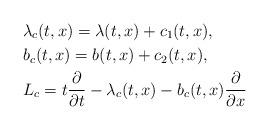
LaTeX: \begin{align*} &\lambda_c(t,x)= \lambda(t,x)+c_1(t,x), \\ &b_c(t,x)= b(t,x)+c_2(t,x), \\ &L_c= t \frac{\partial}{\partial t}-\lambda_c(t,x) -b_c(t,x)\frac{\partial}{\partial x}\end{align*}